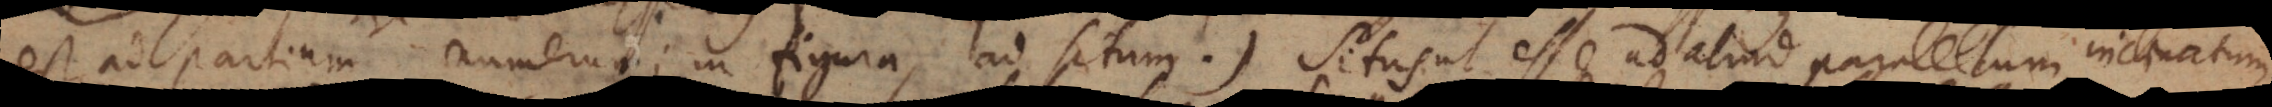
est ad partium numerum; in figura ad situm). Situs ut esse rectum, obliqu